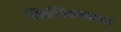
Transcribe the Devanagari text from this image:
मिसिस्साउगा